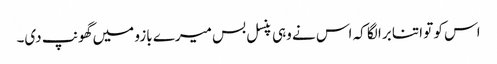
اس کو تو اتنا برا لگا کہ اس نے وہی پنسل بس میرے بازو میں گھونپ دی۔